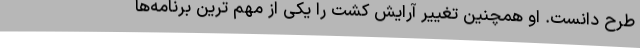
طرح دانست. او همچنین تغییر آرایش کشت را یکی از مهم ترین برنامه‌ها